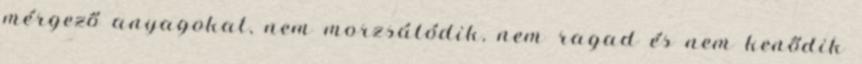
mérgező anyagokat, nem morzsálódik, nem ragad és nem kenődik